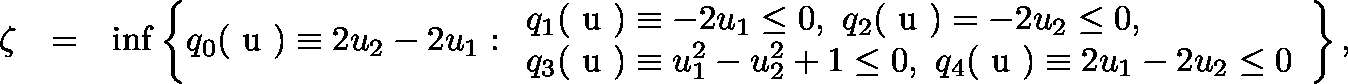
\begin{array} { r l r } { \zeta } & { = } & { \operatorname* { i n f } \left\{ q _ { 0 } ( \mathrm { \boldmath ~ u ~ } ) \equiv 2 u _ { 2 } - 2 u _ { 1 } : \begin{array} { l } { q _ { 1 } ( \mathrm { \boldmath ~ u ~ } ) \equiv - 2 u _ { 1 } \leq 0 , \ q _ { 2 } ( \mathrm { \boldmath ~ u ~ } ) = - 2 u _ { 2 } \leq 0 , } \\ { q _ { 3 } ( \mathrm { \boldmath ~ u ~ } ) \equiv u _ { 1 } ^ { 2 } - u _ { 2 } ^ { 2 } + 1 \leq 0 , \ q _ { 4 } ( \mathrm { \boldmath ~ u ~ } ) \equiv 2 u _ { 1 } - 2 u _ { 2 } \leq 0 } \end{array} \right\} , } \end{array}